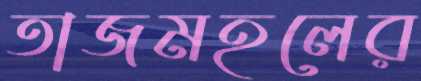
তাজমহলের